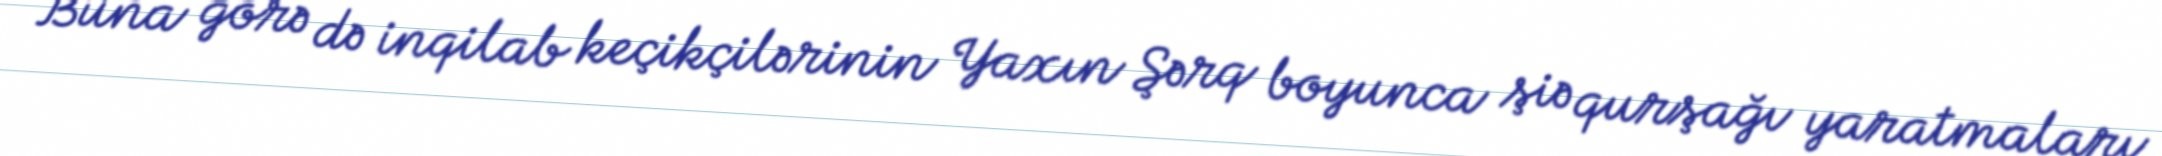
Buna görə də inqilab keçikçilərinin Yaxın Şərq boyunca şiə qurşağı yaratmaları